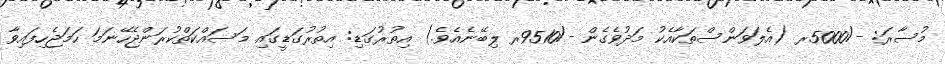
މުސާރަ: -/5000ރ (އެލަވަންސްތަކާއެކު މަދުވެގެން -/9510ރ ލިބޭނެއެވެ.) އިތުރުގަޑި: އިތުރުގަޑީގައި މަސައްކަތްކުރަންޖެހޭނަމަ ހަމަޖެހިފައިވާ